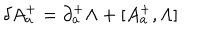
LaTeX: \delta A _ { a } ^ { + } = \partial _ { a } ^ { + } \Lambda + [ A _ { a } ^ { + } , \Lambda ]